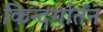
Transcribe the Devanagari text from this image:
किन्दर्गार्तन